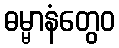
ဓမ္မာနံတွေဝ